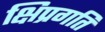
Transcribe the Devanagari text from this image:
क्षिप्रगति